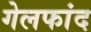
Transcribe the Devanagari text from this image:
गेलफांद